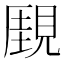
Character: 𧡋